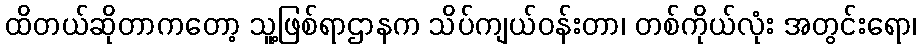
ထိတယ်ဆိုတာကတော့ သူ့ဖြစ်ရာဌာနက သိပ်ကျယ်ဝန်းတာ၊ တစ်ကိုယ်လုံး အတွင်းရော၊